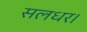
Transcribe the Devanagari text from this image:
सलधर।